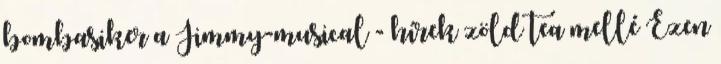
bombasiker a Jimmy-musical - hírek zöld tea mellé Ezen